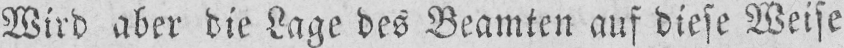
Wird aber die Lage des Beamten auf diese Weise